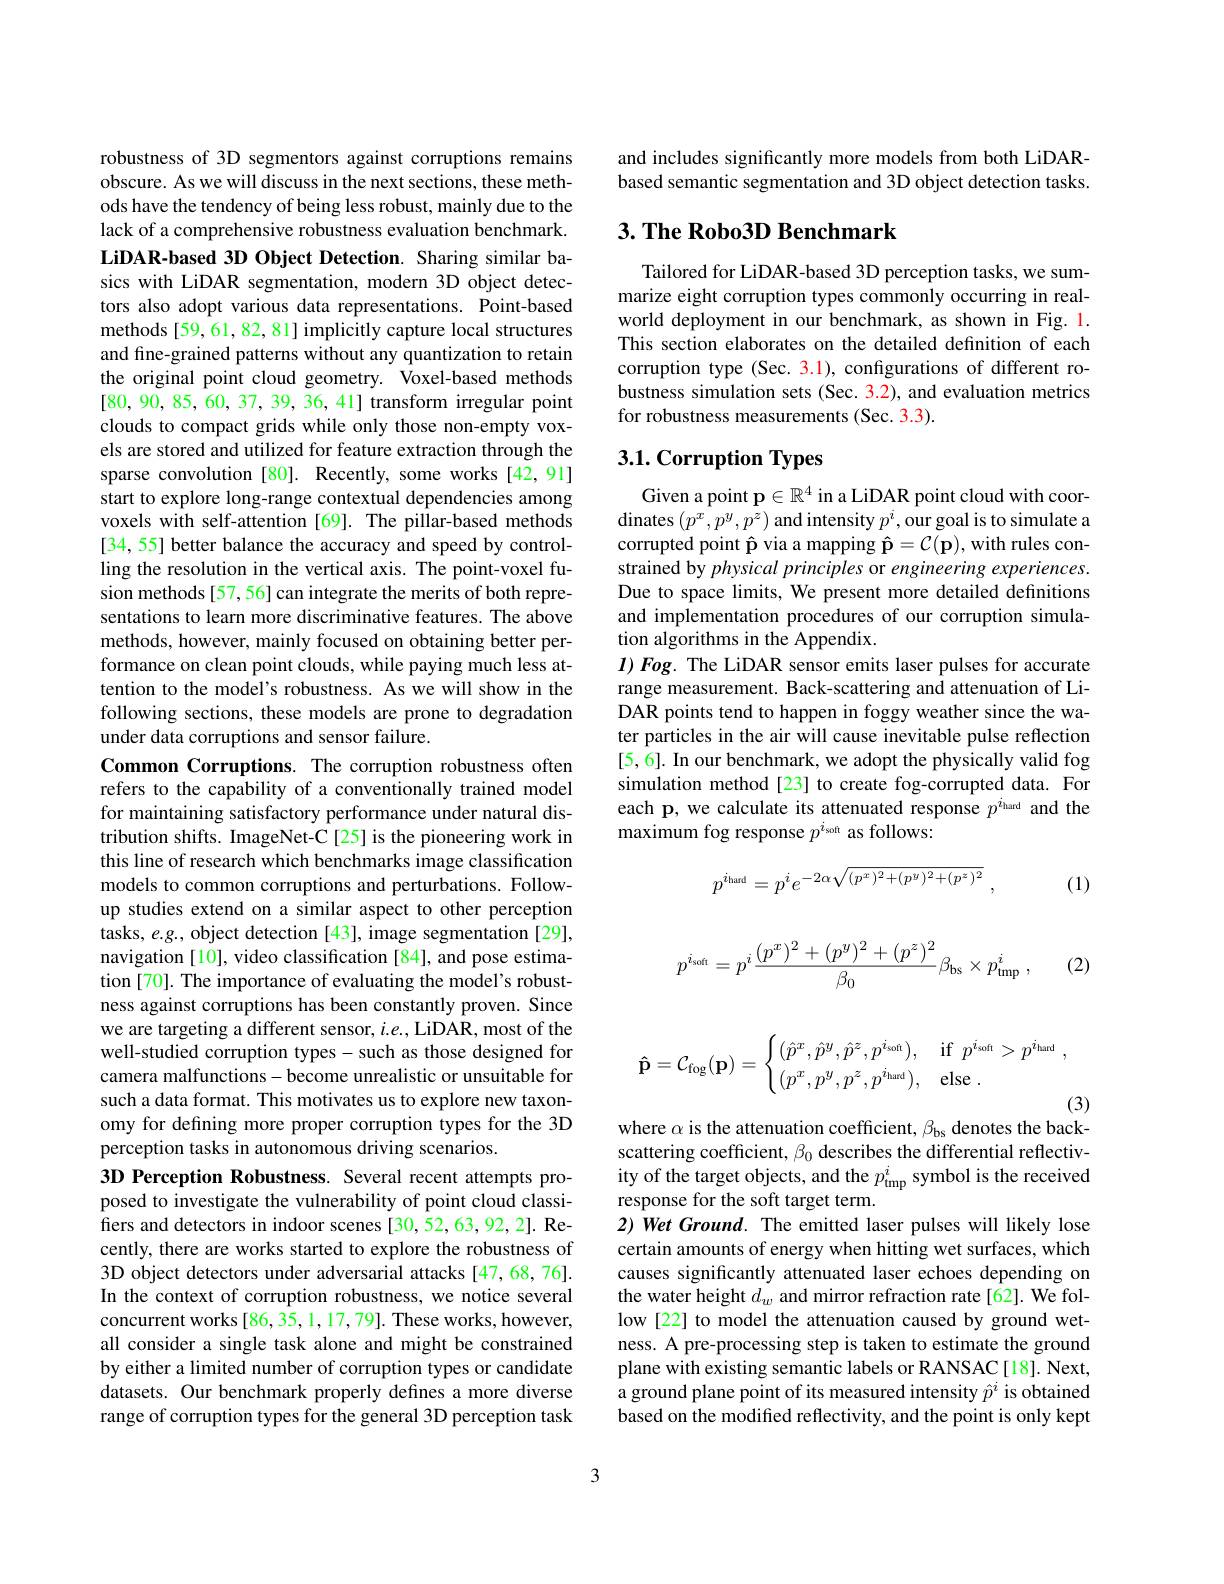
robustness of 3D segmentors against corruptions remains obscure. As we will discuss in the next sections, these methods have the tendency of being less robust, mainly due to the lack of a comprehensive robustness evaluation benchmark. LiDAR-based 3D Object Detection. Sharing similar basics with LiDAR segmentation, modern 3D object detectors also adopt various data representations. Point-based methods [59, 61, 82, 81] implicitly capture local structures and fine-grained patterns without any quantization to retain the original point cloud geometry. Voxel-based methods [80,90,85,60,37,39,36,41] transform irregular point clouds to compact grids while only those non-empty voxels are stored and utilized for feature extraction through the sparse convolution [80]. Recently, some works[42,91] start to explore long-range contextual dependencies among voxels with self-attention [69]. The pillar-based methods [34, 55] better balance the accuracy and speed by controlling the resolution in the vertical axis. The point-voxel fusion methods[57,56] can integrate the merits of both representations to learn more discriminative features. The above methods, however, mainly focused on obtaining better performance on clean point clouds, while paying much less attention to the model's robustness. As we will show in the following sections, these models are prone to degradation under data corruptions and sensor failure.
Common Corruptions. The corruption robustness often refers to the capability of a conventionally trained model for maintaining satisfactory performance under natural distribution shifts. ImageNet-C [25] is the pioneering work in this line of research which benchmarks image classification models to common corruptions and perturbations. Followup studies extend on a similar aspect to other perception tasks, $e.g.$, object detection [43], image segmentation [29], navigation [10], video classification [84], and pose estimation [70]. The importance of evaluating the model's robustness against corruptions has been constantly proven. Since we are targeting a different sensor, $i.e.$, LiDAR, most of the well-studied corruption types-such as those designed for camera malfunctions-become unrealistic or unsuitable for such a data format. This motivates us to explore new taxonomy for defining more proper corruption types for the 3D perception tasks in autonomous driving scenarios.
3D Perception Robustness. Several recent attempts proposed to investigate the vulnerability of point cloud classifiers and detectors in indoor scenes [30,52,63,92,2]. Recently, there are works started to explore the robustness of 3D object detectors under adversarial attacks [47,68,76]. In the context of corruption robustness, we notice several concurrent works [86,35,1,17,79]. These works, however, all consider a single task alone and might be constrained by either a limited number of corruption types or candidate datasets. Our benchmark properly defines a more diverse range of corruption types for the general 3D perception task

and includes significantly more models from both LiDARbased semantic segmentation and 3D object detection tasks.

## $3. \textbf{ The Robo3D Benchmark}$

Tailored for LiDAR-based 3D perception tasks, we summarize eight corruption types commonly occurring in realworld deployment in our benchmark, as shown in Fig. 1. This section elaborates on the detailed definition of each corruption type (Sec. 3.1), configurations of different robustness simulation sets (Sec. 3.2), and evaluation metrics for robustness measurements (Sec. 3.3).

## 3.1. Corruption Types

Given a point p$\in\mathbb{R}^4$ in a LiDAR point cloud with coordinates $(p^x,p^y,p^z)$ and intensity $p^i$,our goal is to simulate a corrupted point $\hat {\text{p via a mapping }\mathbf{\hat{p} } }= \mathcal{C} ( \mathbf{p} ) $, with rules constrained by physical principles or engineering experiences. Due to space limits, We present more detailed definitions and implementation procedures of our corruption simulation algorithms in the Appendix.
$I)Fog.$ The LiDAR sensor emits laser pulses for accurate range measurement. Back-scattering and attenuation of LiDAR points tend to happen in foggy weather since the water particles in the air will cause inevitable pulse reflection [5, 6]. In our benchmark, we adopt the physically valid fog simulation method[23] to create fog-corrupted data. For each p, we calculate its attenuated response $p^{i_\mathrm{hard}}$ and the maximum fog response $p^{i_\mathrm{soft}}$ as follows:
$$p^{i_{\mathrm{hard}}}=p^ie^{-2\alpha\sqrt{(p^x)^2+(p^y)^2+(p^z)^2}}\:,$$
(1)
$$p^{i_{\mathrm{soft}}}=p^i\frac{(p^x)^2+(p^y)^2+(p^z)^2}{\beta_0}\beta_{\mathrm{bs}}\times p_{\mathrm{tmp}}^i\:,$$
(2)
$$\mathbf{\hat{p}}=\mathcal{C}_{\mathrm{fog}}(\mathbf{p})=\begin{cases}(\hat{p}^x,\hat{p}^y,\hat{p}^z,p^{i_{\mathrm{soft}}}),&\mathrm{if}\:p^{i_{\mathrm{soft}}}>p^{i_{\mathrm{hard}}}\:,\\(p^x,p^y,p^z,p^{i_{\mathrm{hard}}}),&\mathrm{else}\:.\end{cases}$$
(3)

where $\alpha$ is the attenuation coefficient, $\beta_\mathrm{bs}$ denotes the backscattering coefficient, $\beta_0$ describes the differential reflectivity of the target objects, and the $p_\mathrm{tmp}^i$ symbol is the received response for the soft target term.
$2) \textit{ Wet Ground. The emitted laser pulses will likely lose}$ certain amounts of energy when hitting wet surfaces, which causes significantly attenuated laser echoes depending on the water height $d_w$ and mirror refraction rate[62]. We follow[22] to model the attenuation caused by ground wetness. A pre-processing step is taken to estimate the ground plane with existing semantic labels or RANSAC[18]. Next, a ground plane point of its measured intensity $\hat{p}^i$ is obtained based on the modified reflectivity, and the point is only kept

3